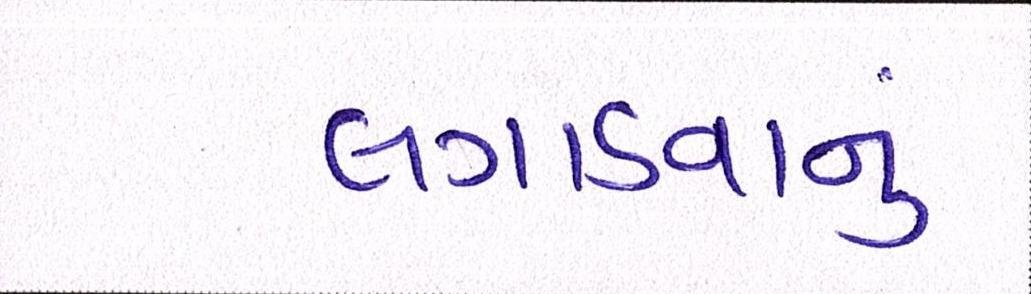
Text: લગાડવાનું